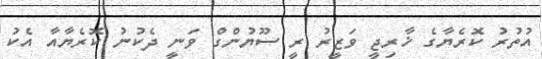
އުތުރު ކޮރެޔާގެ ޚާރިޖީ ވަޒީރު ރީ ސޫޔުންގް ވަނީ ދެކުނު ކޮރެޔާއާ އެކު